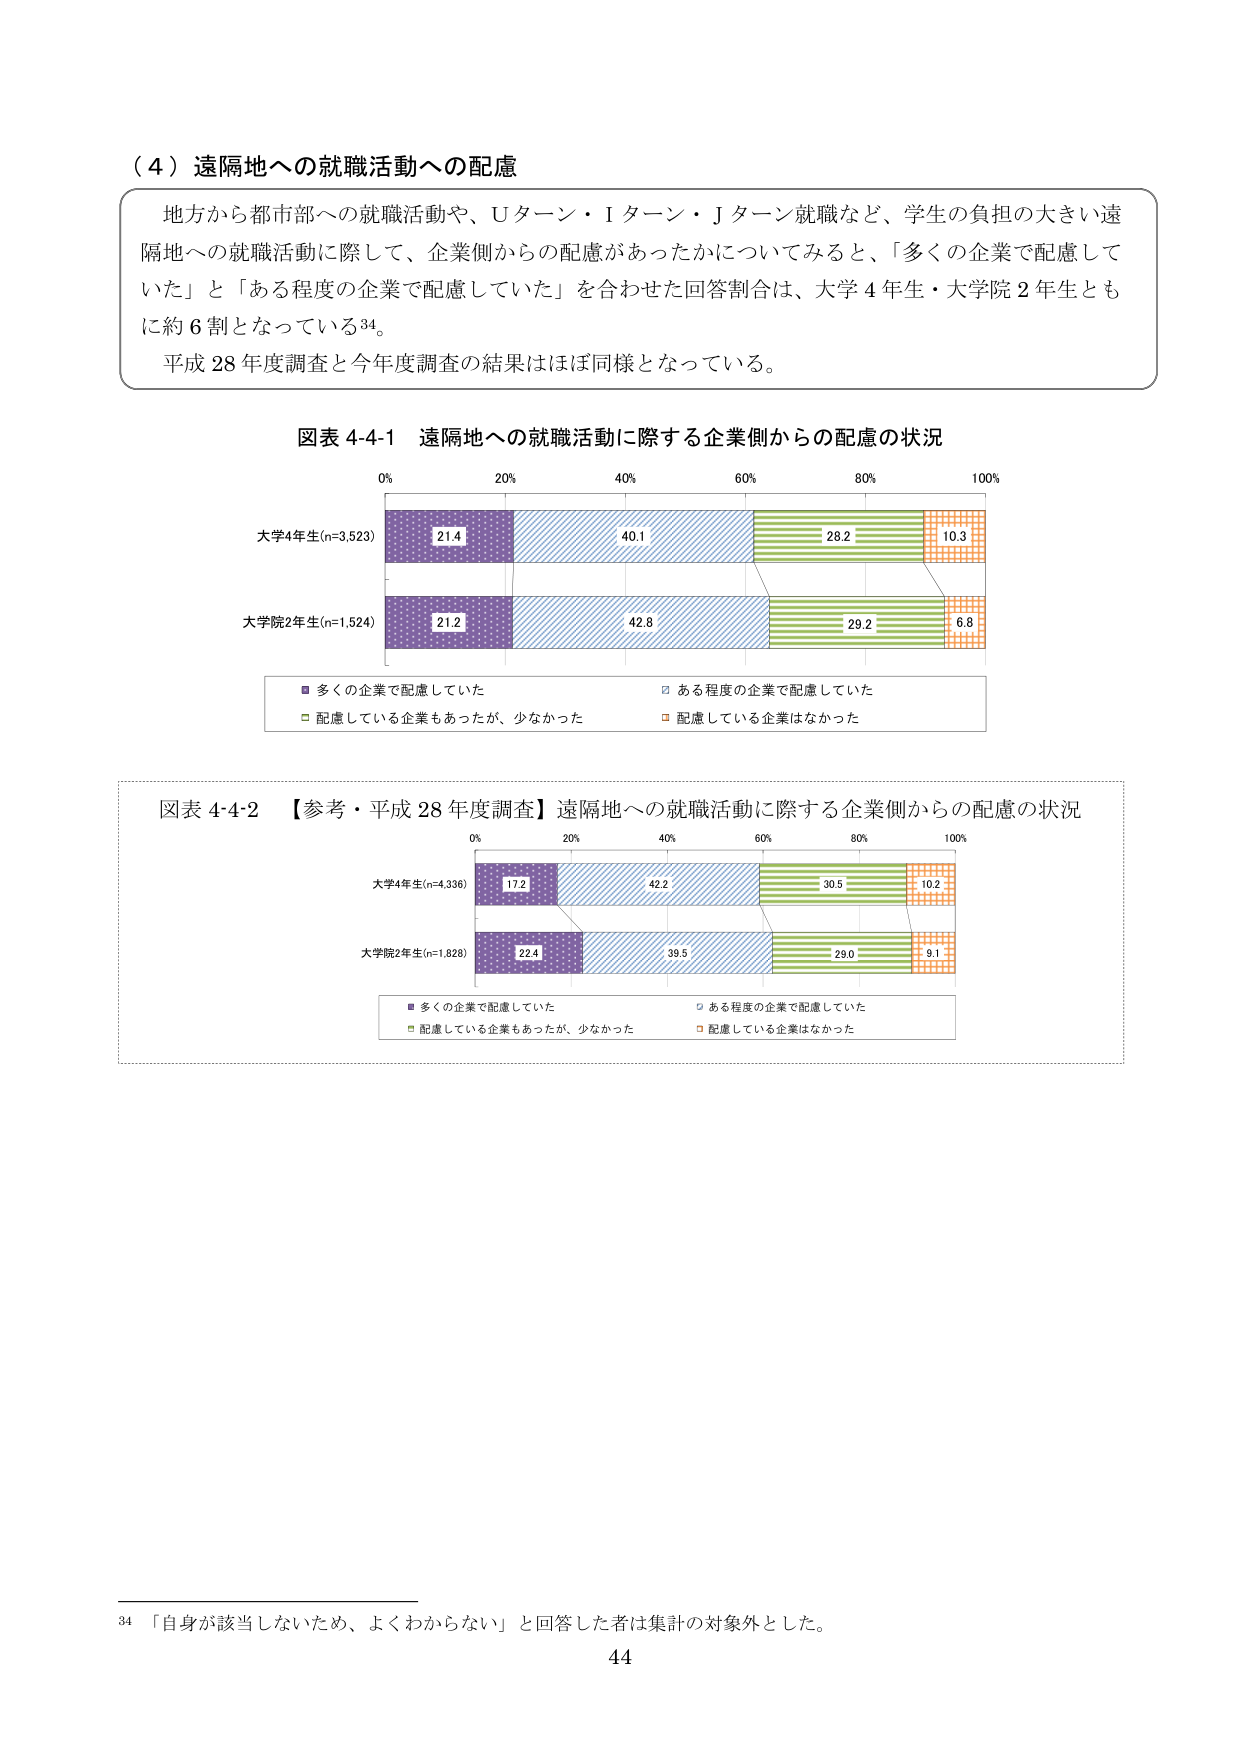
（４）遠隔地への就職活動への配慮

地方から都市部への就職活動や、Ｕターン・Ｉターン・Ｊターン就職など、学生の負担の大きい遠隔地への就職活動に際して、企業側からの配慮があったかについてみると、「多くの企業で配慮していた」と「ある程度の企業で配慮していた」を合わせた回答割合は、大学４年生・大学院２年生ともに約６割となっている34。

平成28年度調査と今年度調査の結果はほぼ同様となっている。

図表 4-4-1 遠隔地への就職活動に際する企業側からの配慮の状況

0% 20% 40% 60% 80% 100%

大学4年生(n=3,523)
21.4 40.1 28.2 10.3

大学院2年生(n=1,524)
21.2 42.8 29.2 6.8

■ 多くの企業で配慮していた
□ ある程度の企業で配慮していた
□ 配慮している企業もあったが、少なかった
□ 配慮している企業はなかった

図表 4-4-2 【参考・平成28年度調査】遠隔地への就職活動に際する企業側からの配慮の状況

0% 20% 40% 60% 80% 100%

大学4年生(n=4,336)
17.2 42.2 30.5 10.2

大学院2年生(n=1,828)
22.4 39.5 29.0 9.1

■ 多くの企業で配慮していた
□ ある程度の企業で配慮していた
□ 配慮している企業もあったが、少なかった
□ 配慮している企業はなかった

34 「自身が該当しないため、よくわからない」と回答した者は集計の対象外とした。

44